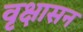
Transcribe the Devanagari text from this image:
वृक्षासन